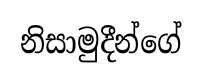
නිසාමුදීන්ගේ